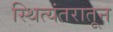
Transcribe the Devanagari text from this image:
स्थित्यंतरातून